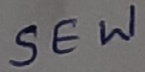
Text: SEW